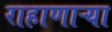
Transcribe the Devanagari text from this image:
राहाणाऱ्या